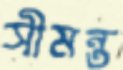
সীমন্ত